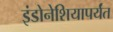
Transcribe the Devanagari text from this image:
इंडोनेशियापर्यंत